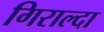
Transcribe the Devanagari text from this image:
गिराल्दा